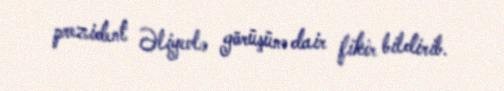
prezident Əliyevlə görüşünə dair fikir bildirib.